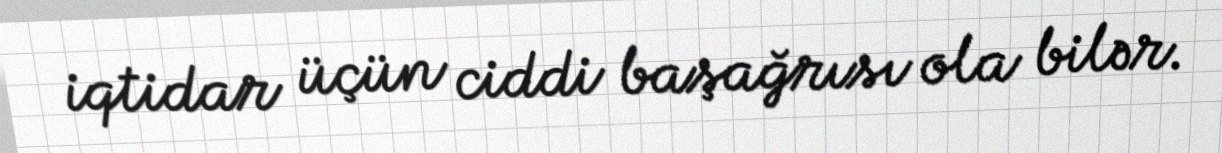
iqtidar üçün ciddi başağrısı ola bilər.